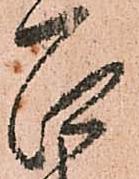
召